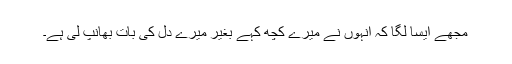
مجھے ایسا لگا کہ انہوں نے میرے کچھ کہے بغیر میرے دل کی بات بھانپ لی ہے۔